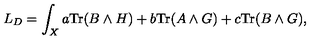
L _ { D } = \int _ { X } a \mathrm { T r } ( B \wedge H ) + b \mathrm { T r } ( A \wedge G ) + c \mathrm { T r } ( B \wedge G ) ,